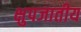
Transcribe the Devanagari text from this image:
क्षुपजातीय